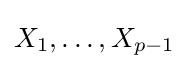
X_{1},\ldots ,X_{p-1}